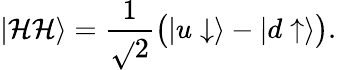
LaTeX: \left|{\mathcal{H}\mathcal{H}}\right\rangle=\frac{{1}}{{\sqrt{}{2}}}\bigl(\left|{u\downarrow}\right\rangle-\left|{d\uparrow}\right\rangle\bigr).